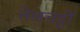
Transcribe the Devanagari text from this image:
तेलचट्टों